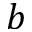
b